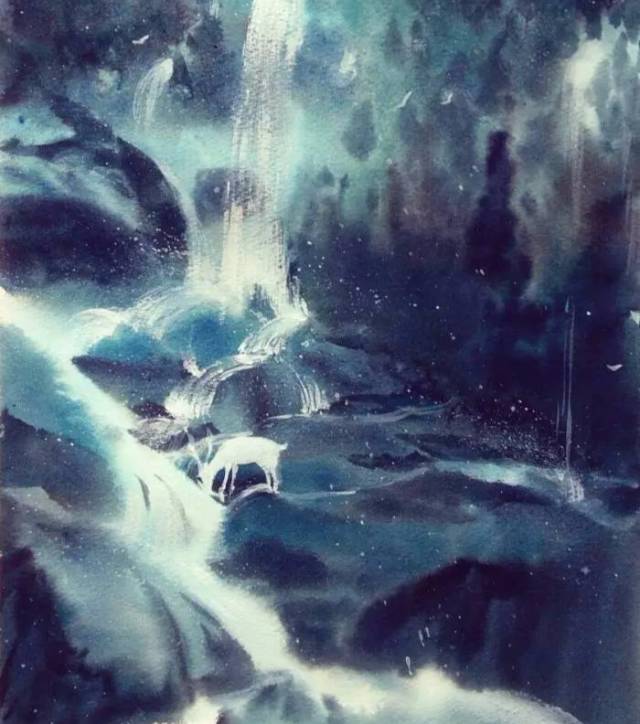
今夫天斯昭昭之多，及其无穷也，日月星辰系焉，万物覆焉。